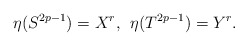
\begin{align*}\eta(S^{2p-1})=X^r,\: \:\eta(T^{2p-1})=Y^r.\end{align*}